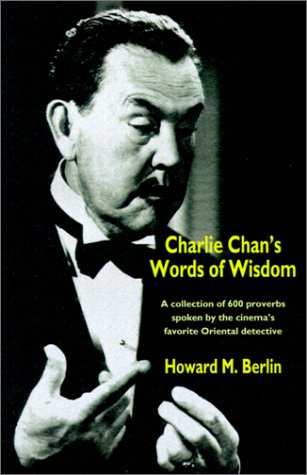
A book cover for Charlie Chan's Words of Wisdom; Howard M. Berlin; Reference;